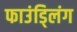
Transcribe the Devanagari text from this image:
फाउंड्लिंग